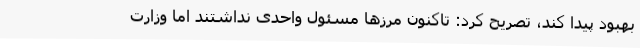
بهبود پیدا کند، تصریح کرد: تاکنون مرزها مسئول واحدی نداشتند اما وزارت